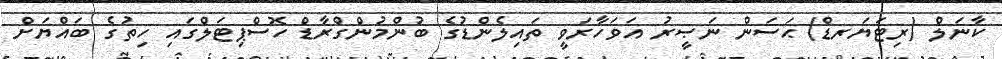
ކާނަލް (ރިޓަޔަރޑް) ޙަސަން ނަޞީރު އަވަހާރަވީ ތައިލެންޑުގެ ބުންމުންގްރާޑް ހޮސްޕިޓަލްގައި ހިތުގެ ބައްޔަށް